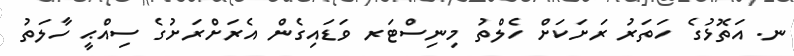
ނ. އަތޮޅުގެ ހަތަރު ރަށަކަށް ހެލްތު މިނިސްޓަރ ވަޑައިގެން އެރަށްރަށުގެ ސިއްޙީ ހާލަތު